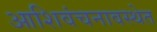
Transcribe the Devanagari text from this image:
आशिवंचनावस्थेत